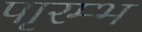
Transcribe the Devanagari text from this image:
पाृरम्भ